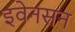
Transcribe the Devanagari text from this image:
इवेनसन